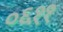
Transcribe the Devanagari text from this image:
०६११